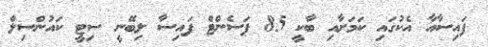
ފައިސާއާ އެކުގައި ކަމަށާއި ބާކީ 85 ޕަސެންޓް ފައިސާ ލިބޭނީ ސިޓީ ކައުންސިލް